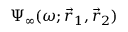
\Psi _ { \infty } ( \omega ; \vec { r } _ { 1 } , \vec { r } _ { 2 } )